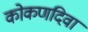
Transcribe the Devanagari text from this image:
कोकणदिवा